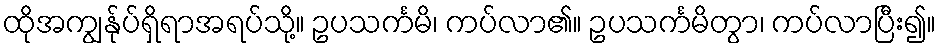
ထိုအကျွန်ုပ်ရှိရာအရပ်သို့။ ဥပသင်္ကမိ၊ ကပ်လာ၏။ ဥပသင်္ကမိတွာ၊ ကပ်လာပြီး၍။